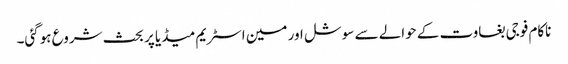
ناکام فوجی بغاوت کے حوالے سے سوشل اور مین اسٹریم میڈیا پر بحث شروع ہوگئی۔